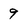
Character: 9